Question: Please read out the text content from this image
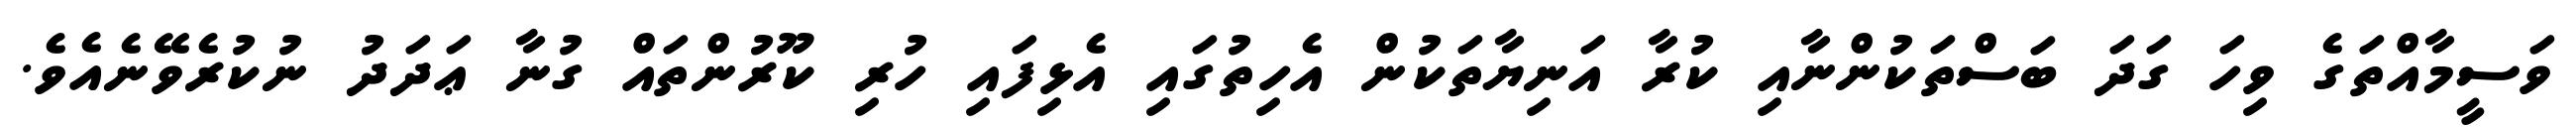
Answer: ވަސީމާއްތަގެ ވިހަ ގަދަ ބަސްތަކުންނާއި ކުރާ އަނިޔާތަކުން އެހިތުގައި އެޅިފައި ހުރި ކޫރުންތައް ގުނާ ޢަދަދު ނުކުރެވޭނެއެވެ.